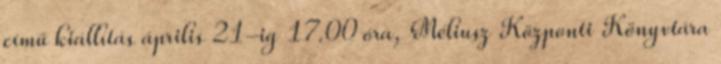
című kiállítás április 21-ig 17.00 óra, Méliusz Központi Könyvtára